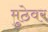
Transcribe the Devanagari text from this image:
मुठेवर